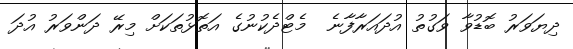
ދިޔަވަރު ބޮޑުވާ ވަގުތު އުދައަރާފާނެ  މެޓްދެކުނުގެ އަތޮޅުތަކަށް މިރޭ ދަންވަރު އުދަ